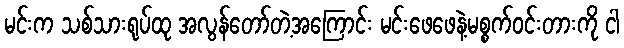
မင်းက သစ်သားရုပ်ထု အလွန်တော်တဲ့အကြောင်း မင်းဖေဖေနဲ့မစ္စက်ဝင်းတားကို ငါ